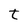
Character: t